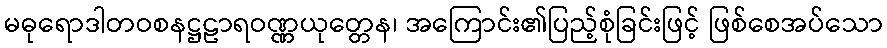
မဓုရောဒါတဝစနဋ္ဌဠာရဝဏ္ဏယုတ္တေန၊ အကြောင်း၏ပြည့်စုံခြင်းဖြင့် ဖြစ်စေအပ်သော